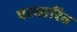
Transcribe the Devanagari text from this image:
परधारित